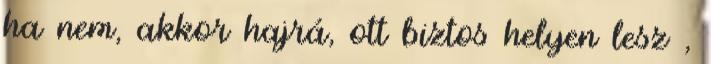
ha nem, akkor hajrá, ott biztos helyen lesz ,